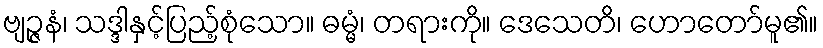
ဗျဉ္ဇနံ၊ သဒ္ဒါနှင့်ပြည့်စုံသော။ ဓမ္မံ၊ တရားကို။ ဒေသေတိ၊ ဟောတော်မူ၏။